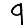
Digit: 9